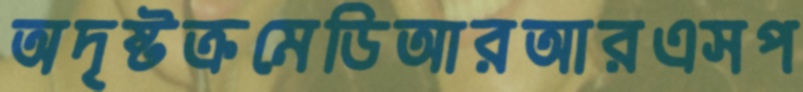
অদৃষ্টক্রমেডিআরআরএসপ